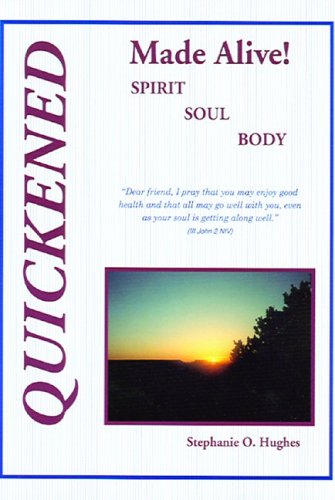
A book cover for Quickened Made Alive! Spirit, Soul, Body; Stephanie O Hughes; Law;